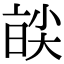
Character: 𡙑